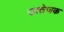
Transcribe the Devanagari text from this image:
उत्‍तेजक